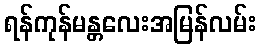
ရန်ကုန်မန္တလေးအမြန်လမ်း